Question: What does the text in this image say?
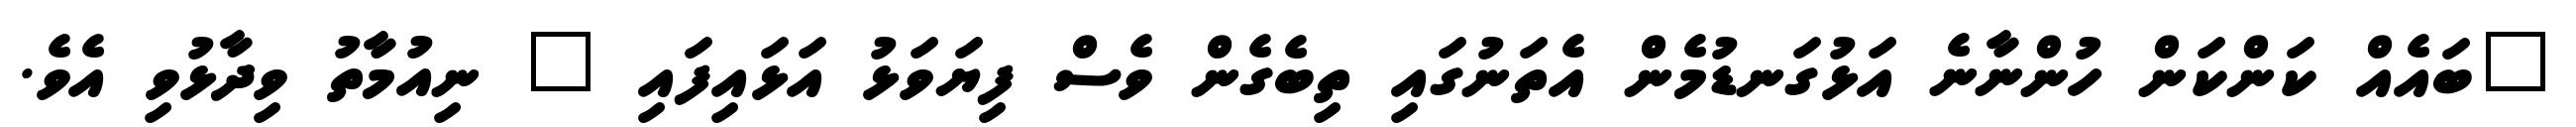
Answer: "ބައެއް ކަންކަން ހުންނާނެ އަޅުގަނޑުމެން އެތަނުގައި ތިބެގެން ވެސް ފިޔަވަޅު އަޅައިފައި " ނިއުމާތު ވިދާޅުވި އެވެ.